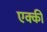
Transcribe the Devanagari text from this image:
एक्की